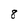
Character: 8